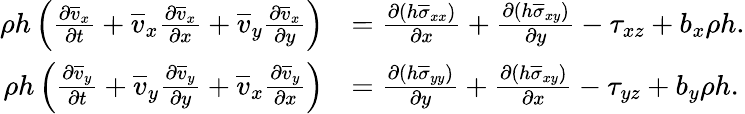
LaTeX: \begin{array}{rl}{\rho h\left(\frac{\partial\overline{{v}}_{x}}{\partial t}+\overline{{v}}_{x}\frac{\partial\overline{{v}}_{x}}{\partial x}+\overline{{v}}_{y}\frac{\partial\overline{{v}}_{x}}{\partial y}\right)}&{=\frac{\partial(h\overline{{\sigma}}_{xx})}{\partial x}+\frac{\partial(h\overline{{\sigma}}_{xy})}{\partial y}-\tau_{xz}+b_{x}\rho h.}\\ {\rho h\left(\frac{\partial\overline{{v}}_{y}}{\partial t}+\overline{{v}}_{y}\frac{\partial\overline{{v}}_{y}}{\partial y}+\overline{{v}}_{x}\frac{\partial\overline{{v}}_{y}}{\partial x}\right)}&{=\frac{\partial(h\overline{{\sigma}}_{yy})}{\partial y}+\frac{\partial(h\overline{{\sigma}}_{xy})}{\partial x}-\tau_{yz}+b_{y}\rho h.}\end{array}